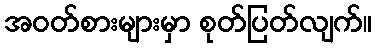
အဝတ်စားများမှာ စုတ်ပြတ်လျက်။